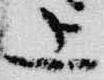
上